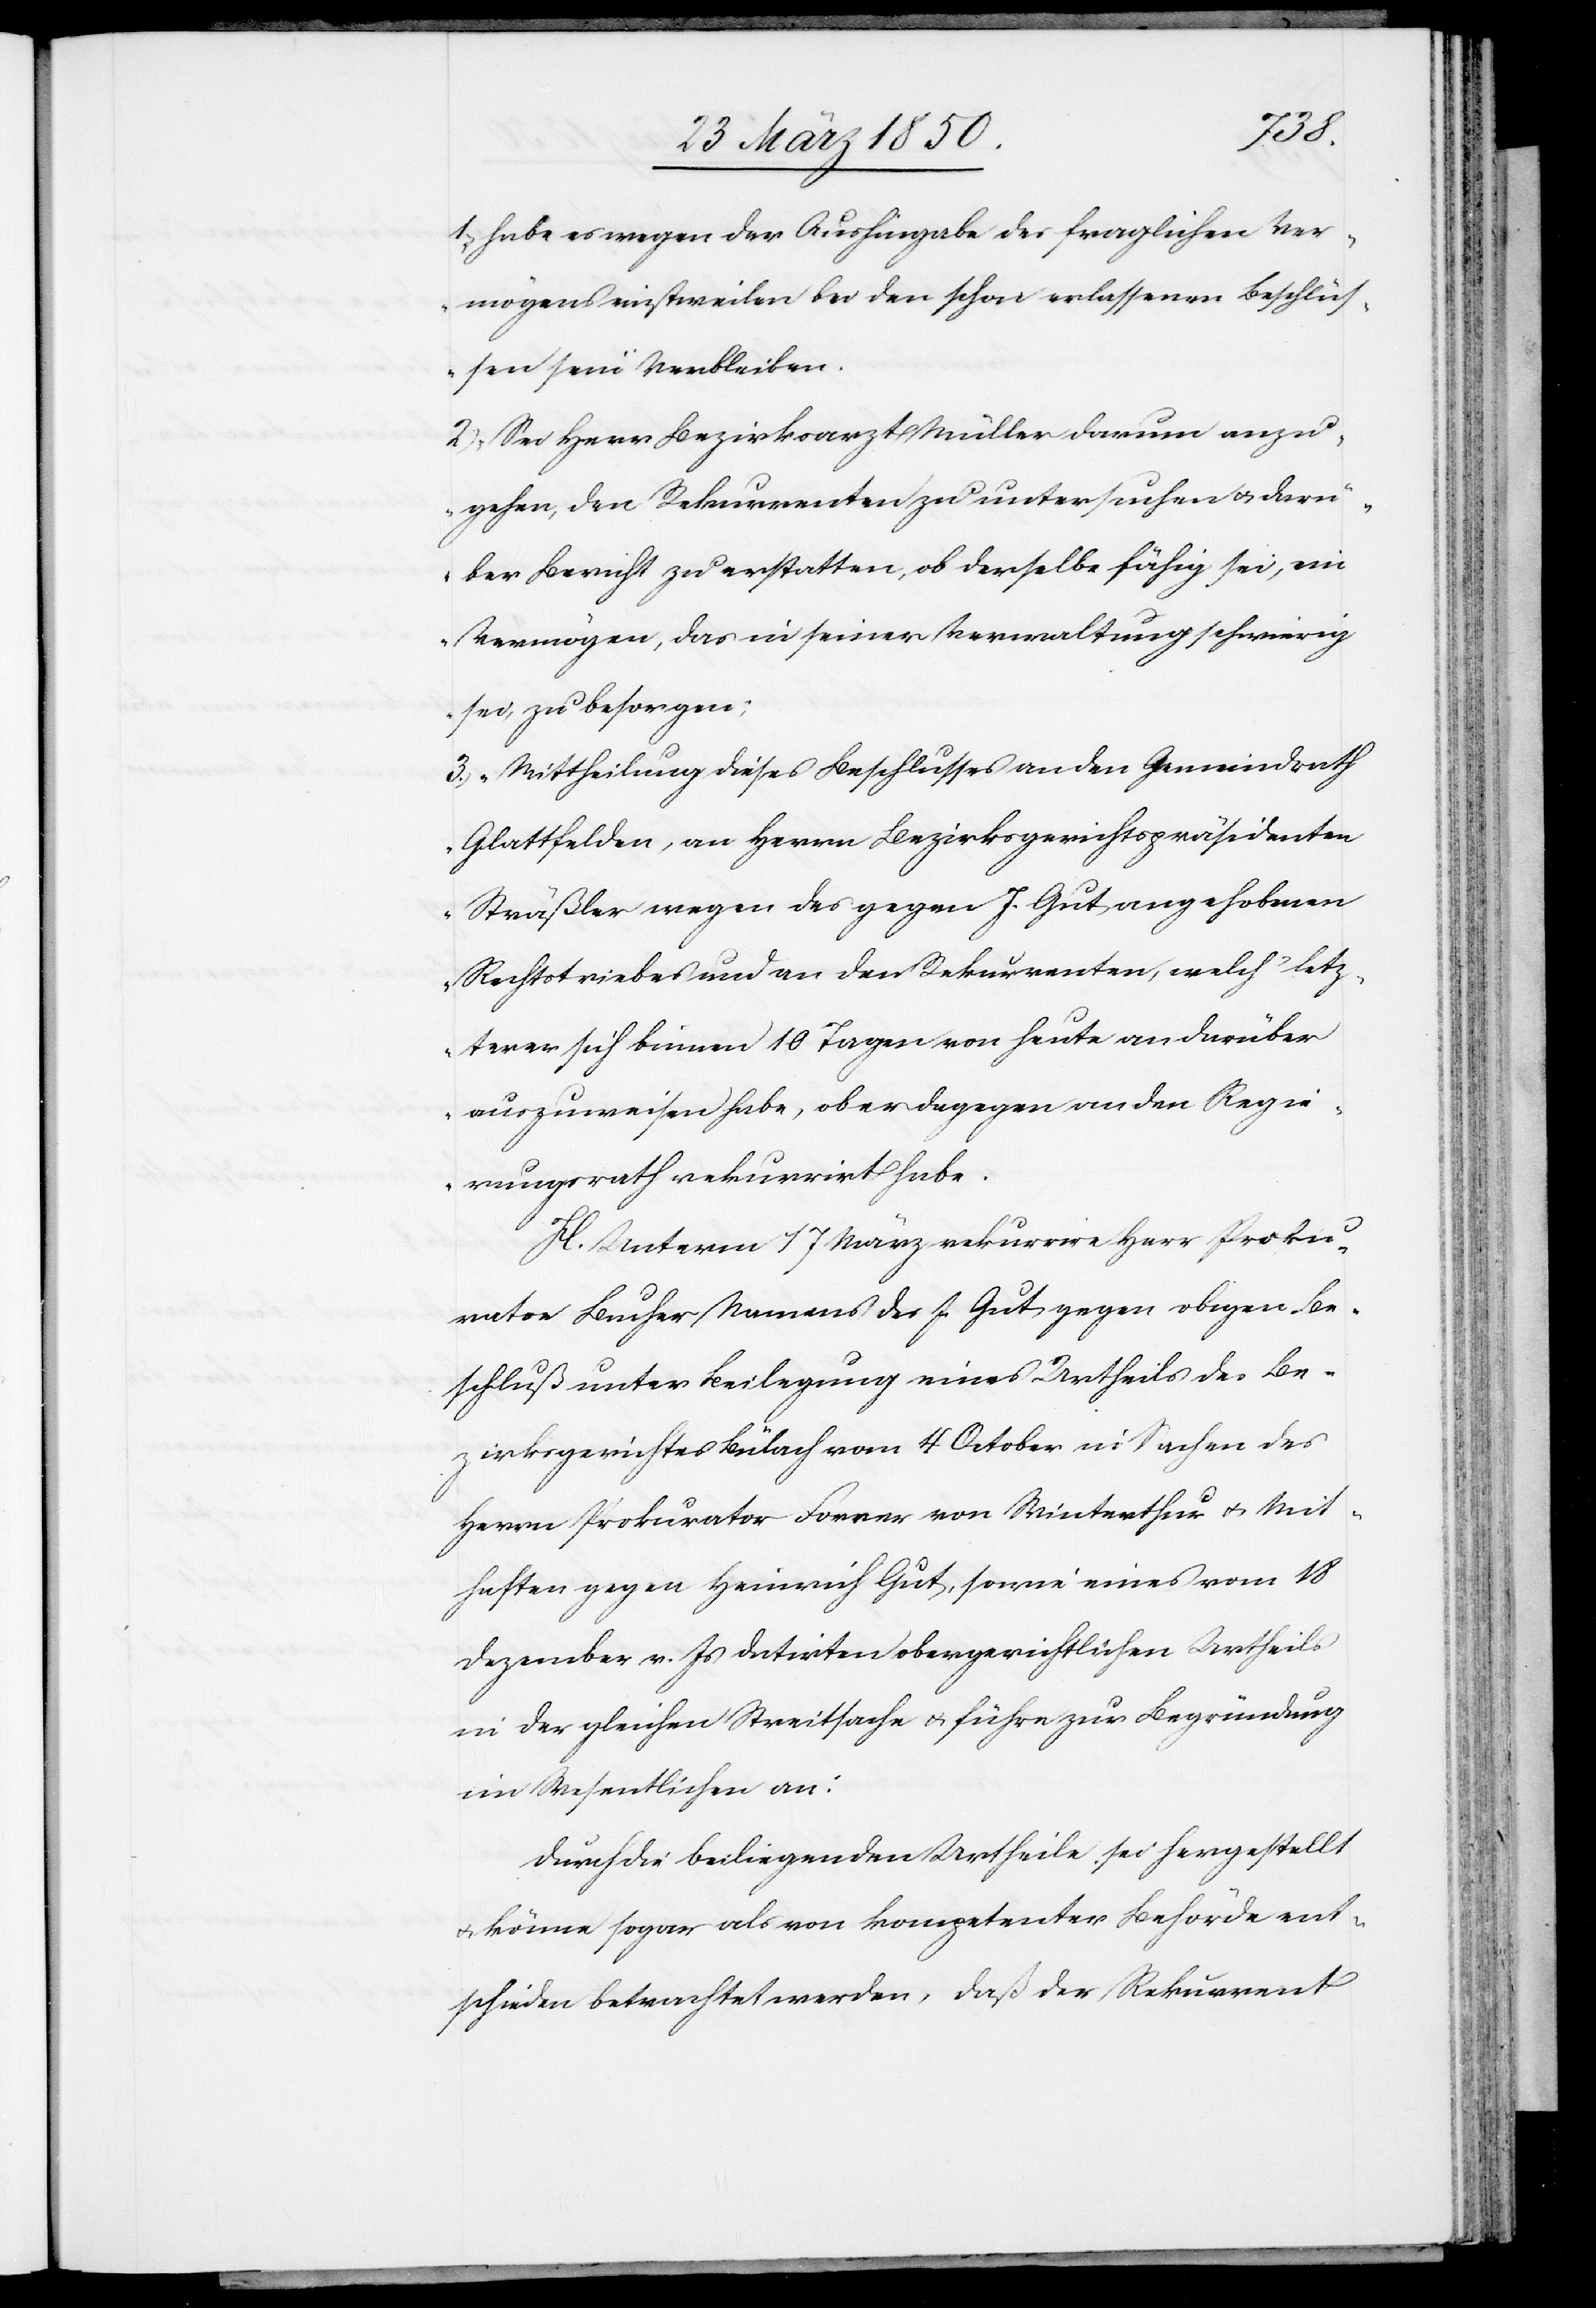
1. „habe es wegen der Aushingabe des fraglichen Ver¬
mögens einstweilen bei den schon erlassenen Beschlüs¬
sen sein Verbleiben.
2) Sei Herr Bezirksarzt Müller darum anzu¬
gehen, den Rekurrenten zu untersuchen u. darü¬
ber Bericht zu erstatten, ob derselbe fähig sei, ein
Vermögen, das in seiner Verwaltung schwierig
sei, zu besorgen;
3. Mittheilung dieses Beschlusses an den Gemeindrath
Glattfelden, an Herrn Bezirksgerichtspräsidenten
Sträßler wegen des gegen J. Gut angehobenen
Rechtstriebes und an den Rekurrenten, welch‘ letz¬
terer sich binnen 10 Tagen von heute an darüber
auszuweisen habe, ob er dagegen an den Regie¬
rungsrath rekurrirt habe.[“]
H. Unterm 17 März rekurrire Herr Proku¬
rator Bucher Namens des J. Gut gegen obigen Be¬
schluß unter Beilegung eines Urtheils des Be¬
zirksgerichtes Bülach vom 4 October in Sachen des
Herrn Prokurator Forrer von Winterthur u. Mit¬
haften gegen Heinrich gut, sowie eines vom 18
Dezember v. Js. datirten obergerichtlichen Urtheils
in der gleichen Streitsache u. führe zur Begründung
im Wesentlichen an:
Durch die beiliegenden Urtheile sei hergestellt
u. könne sogar als von kompetenter Behörde ent¬
schieden betrachtet werden, daß der Rekurrent